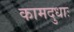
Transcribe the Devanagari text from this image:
कामदुधाः